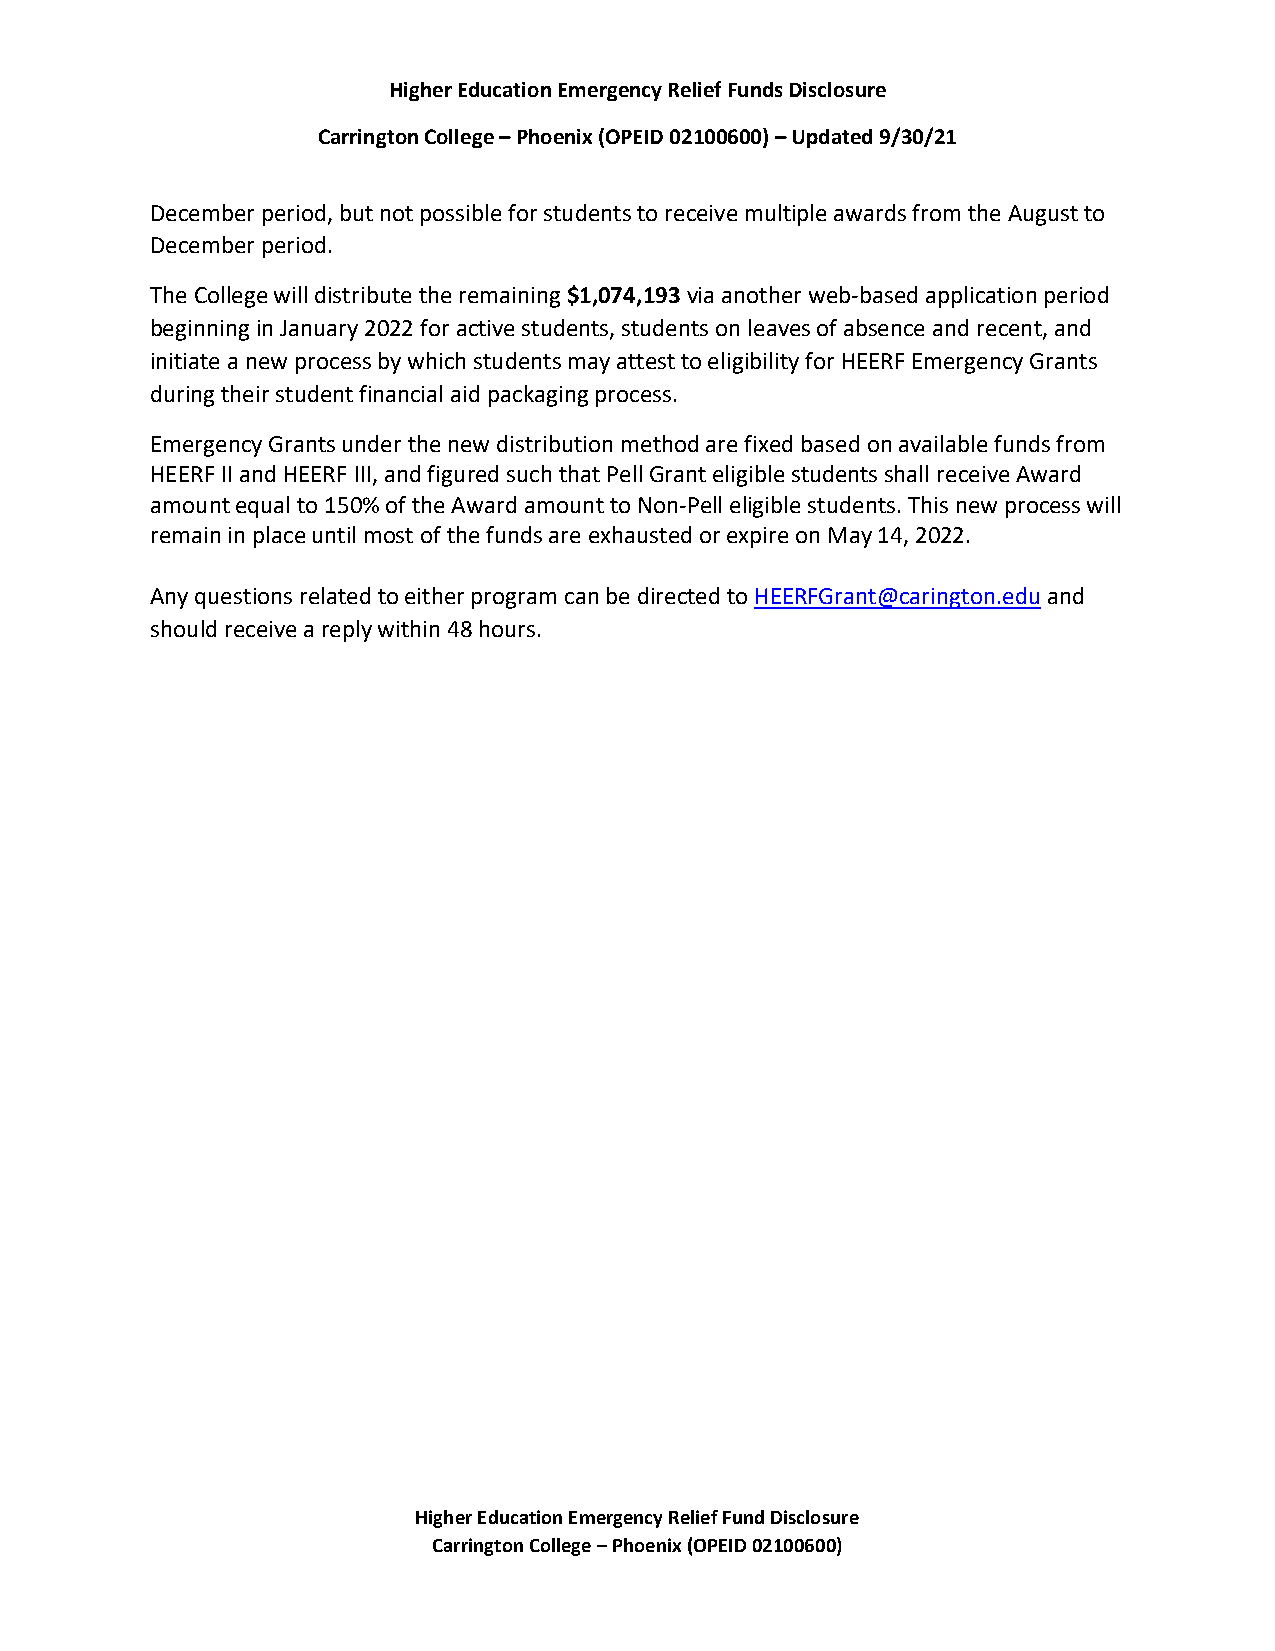
Higher Education Emergency Relief Funds Disclosure
 Carrington College – Phoenix (OPEID 02100600) – Updated 9/30/21
 December period, but not possible for students to receive multiple awards from the August to
 December period.
 The College will distribute the remaining $1,074,193 via another web-based application period
 beginning in January 2022 for active students, students on leaves of absence and recent, and
 initiate a new process by which students may attest to eligibility for HEERF Emergency Grants
 during their student financial aid packaging process.
 Emergency Grants under the new distribution method are fixed based on available funds from
 HEERF II and HEERF III, and figured such that Pell Grant eligible students shall receive Award
 amount equal to 150% of the Award amount to Non-Pell eligible students. This new process will
 remain in place until most of the funds are exhausted or expire on May 14, 2022.
 Any questions related to either program can be directed to HEERFGrant@carington.edu and
 should receive a reply within 48 hours.
 Higher Education Emergency Relief Fund Disclosure
 Carrington College – Phoenix (OPEID 02100600)